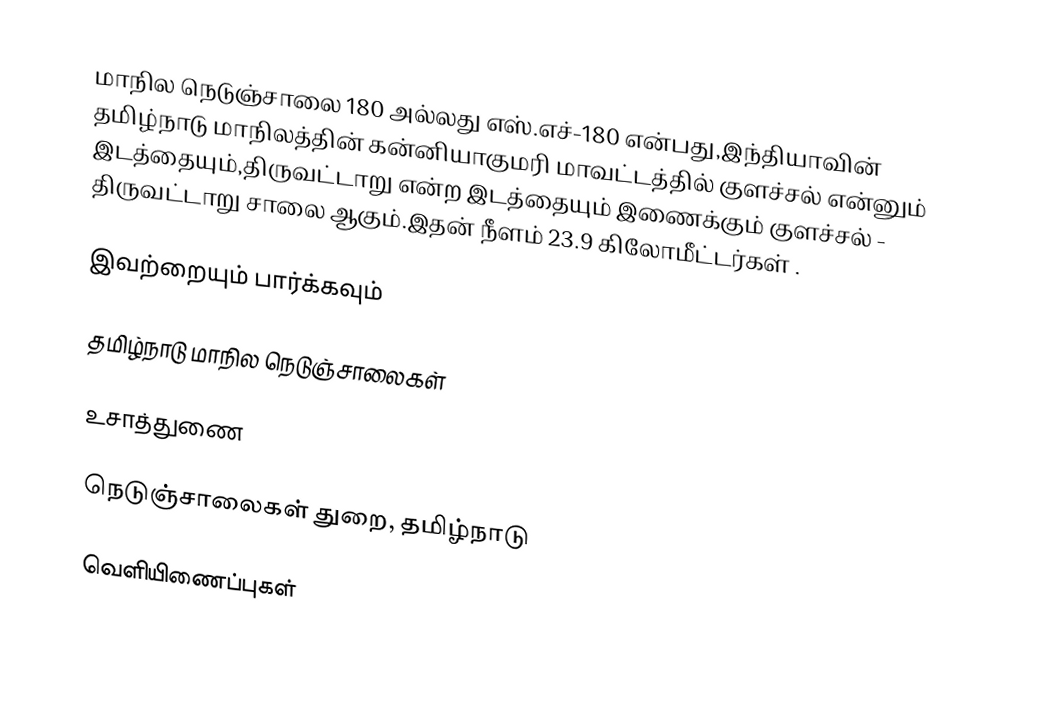
மாநில நெடுஞ்சாலை 180 அல்லது எஸ்.எச்-180  என்பது,இந்தியாவின் தமிழ்நாடு மாநிலத்தின்  கன்னியாகுமரி மாவட்டத்தில்  குளச்சல்  என்னும் இடத்தையும்,திருவட்டாறு  என்ற இடத்தையும் இணைக்கும் குளச்சல் - திருவட்டாறு சாலை ஆகும்.இதன் நீளம் 23.9  கிலோமீட்டர்கள் .

இவற்றையும் பார்க்கவும்

 தமிழ்நாடு மாநில நெடுஞ்சாலைகள்

உசாத்துணை

 நெடுஞ்சாலைகள் துறை, தமிழ்நாடு

வெளியிணைப்புகள்